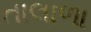
તાલાળા